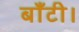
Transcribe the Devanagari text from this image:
बाँटी।